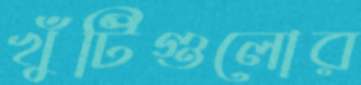
খুঁটিগুলোর